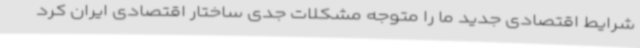
شرایط اقتصادی جدید ما را متوجه مشکلات جدی ساختار اقتصادی ایران کرد